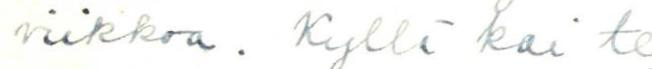
viikkoa. Kyllä kai te